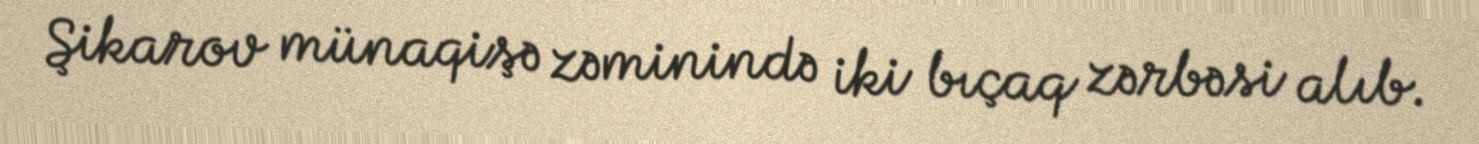
Şikarov münaqişə zəminində iki bıçaq zərbəsi alıb.